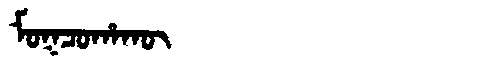
Manchu: ᠮᠣᡴᠴᠣᡥᠠᡴᡡ
Romanization: MOKCOHAKŪ